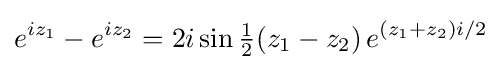
e^{iz_{1}}-e^{iz_{2}}=2i\sin {\tfrac {1}{2}}(z_{1}-z_{2})\,e^{(z_{1}+z_{2})i/2}